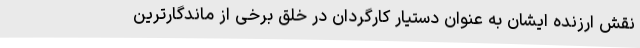
نقش ارزنده ایشان به عنوان دستیار کارگردان در خلق برخی از ماندگارترین